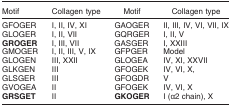
<table><thead><tr><td><b>Motif</b></td><td><b>Collagen type</b></td><td><b>Motif</b></td><td><b>Collagen type</b></td></tr></thead><tbody><tr><td>GFOGER</td><td>I, II, IV, XI</td><td>GAOGER</td><td>II, III, IV, VI, VII, IX</td></tr><tr><td>GLOGER</td><td>I, II, VII</td><td>GQRGER</td><td>I, II, V</td></tr><tr><td><b>GROGER</b></td><td>I, III, VII</td><td>GASGER</td><td>I, XXIII</td></tr><tr><td>GMOGER</td><td>I, II, III, V, IX</td><td>GFPGER</td><td>Model</td></tr><tr><td>GLOGEN</td><td>III, XXII</td><td>GLOGEA</td><td>IV, XI, XXVII</td></tr><tr><td>GLKGEN</td><td>III</td><td>GFOGEK</td><td>IV, VI, X,</td></tr><tr><td>GLSGER</td><td>III</td><td>GFOGDR</td><td>V</td></tr><tr><td>GVOGEA</td><td>II</td><td>GFOGEK</td><td>IV, VI, X</td></tr><tr><td><b>GRSGET</b></td><td>II</td><td><b>GKOGER</b></td><td>I (α2 chain), X</td></tr></tbody></table>